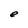
Character: e